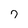
Character: 7